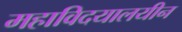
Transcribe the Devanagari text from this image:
महाविदयालयीन